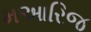
મઆરિજ